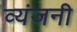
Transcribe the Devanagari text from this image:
व्यंजनी